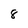
Character: 8